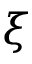
\xi